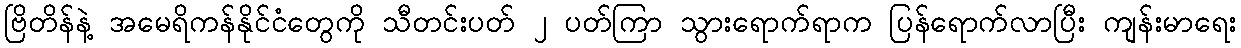
ဗြိတိန်နဲ့ အမေရိကန်နိုင်ငံတွေကို သီတင်းပတ် ၂ ပတ်ကြာ သွားရောက်ရာက ပြန်ရောက်လာပြီး ကျန်းမာရေး